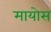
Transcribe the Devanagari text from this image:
मायोस